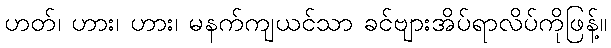
ဟတ်၊ ဟား၊ ဟား၊ မနက်ကျယင်သာ ခင်ဗျားအိပ်ရာလိပ်ကိုဖြန့်။